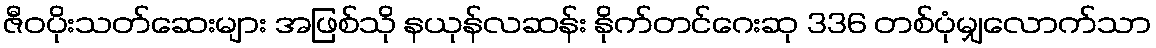
ဇီဝပိုးသတ်ဆေးများ အဖြစ်သို နယုန်လဆန်း နိုက်တင်ဂေးဆု 336 တစ်ပုံမျှလောက်သာ